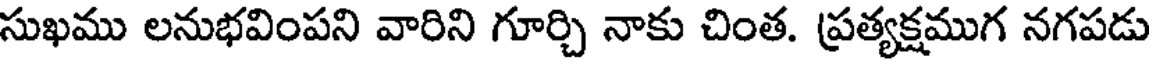
సుఖము లనుభవింపని వారిని గూర్చి నాకు చింత. ప్రత్యక్షముగ నగపడు